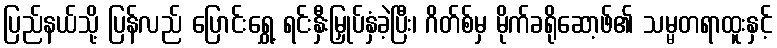
ပြည်နယ်သို့ ပြန်လည် ပြောင်းရွှေ့ ရင်းနှီးမြှုပ်နှံခဲ့ပြီး၊ ဂိတ်စ်မှ မိုက်ခရိုဆော့ဖ်၏ သမ္မတရာထူးနှင့်